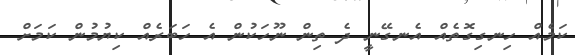
ކަމެއް ހިނގިގޮތެއް އެނގޭނީ ދެ ތިން ނޫހަކުން އެ ހަބަރެއް ކިޔުމުން ކަމަށް